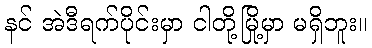
နင် အဲဒီရက်ပိုင်းမှာ ငါတို့မြို့မှာ မရှိဘူး။